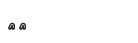
٧١